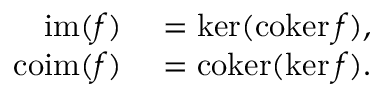
\begin{array} { r l } { \operatorname { i m } ( f ) } & { { } = \ker ( \operatorname { c o k e r } f ) , } \\ { \operatorname { c o i m } ( f ) } & { { } = \operatorname { c o k e r } ( \ker f ) . } \end{array}